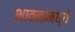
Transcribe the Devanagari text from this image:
भावनांमध्ये